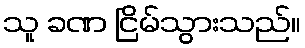
သူ ခဏ ငြိမ်သွားသည်။